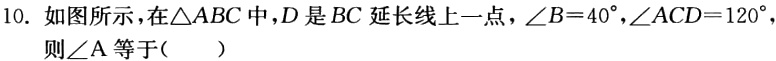
10. 如图所示，在$\triangle ABC$中，$D$是$BC$延长线上一点，$\angle B = 40^{\circ}$，$\angle ACD = 120^{\circ}$，则$\angle A$等于（  ）